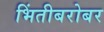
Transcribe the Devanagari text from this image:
भिंतीबरोबर